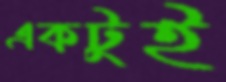
একটুই